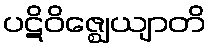
ပဋိဝိဇ္ဈေယျာတိ